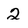
Character: 2